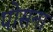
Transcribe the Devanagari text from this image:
पोसना